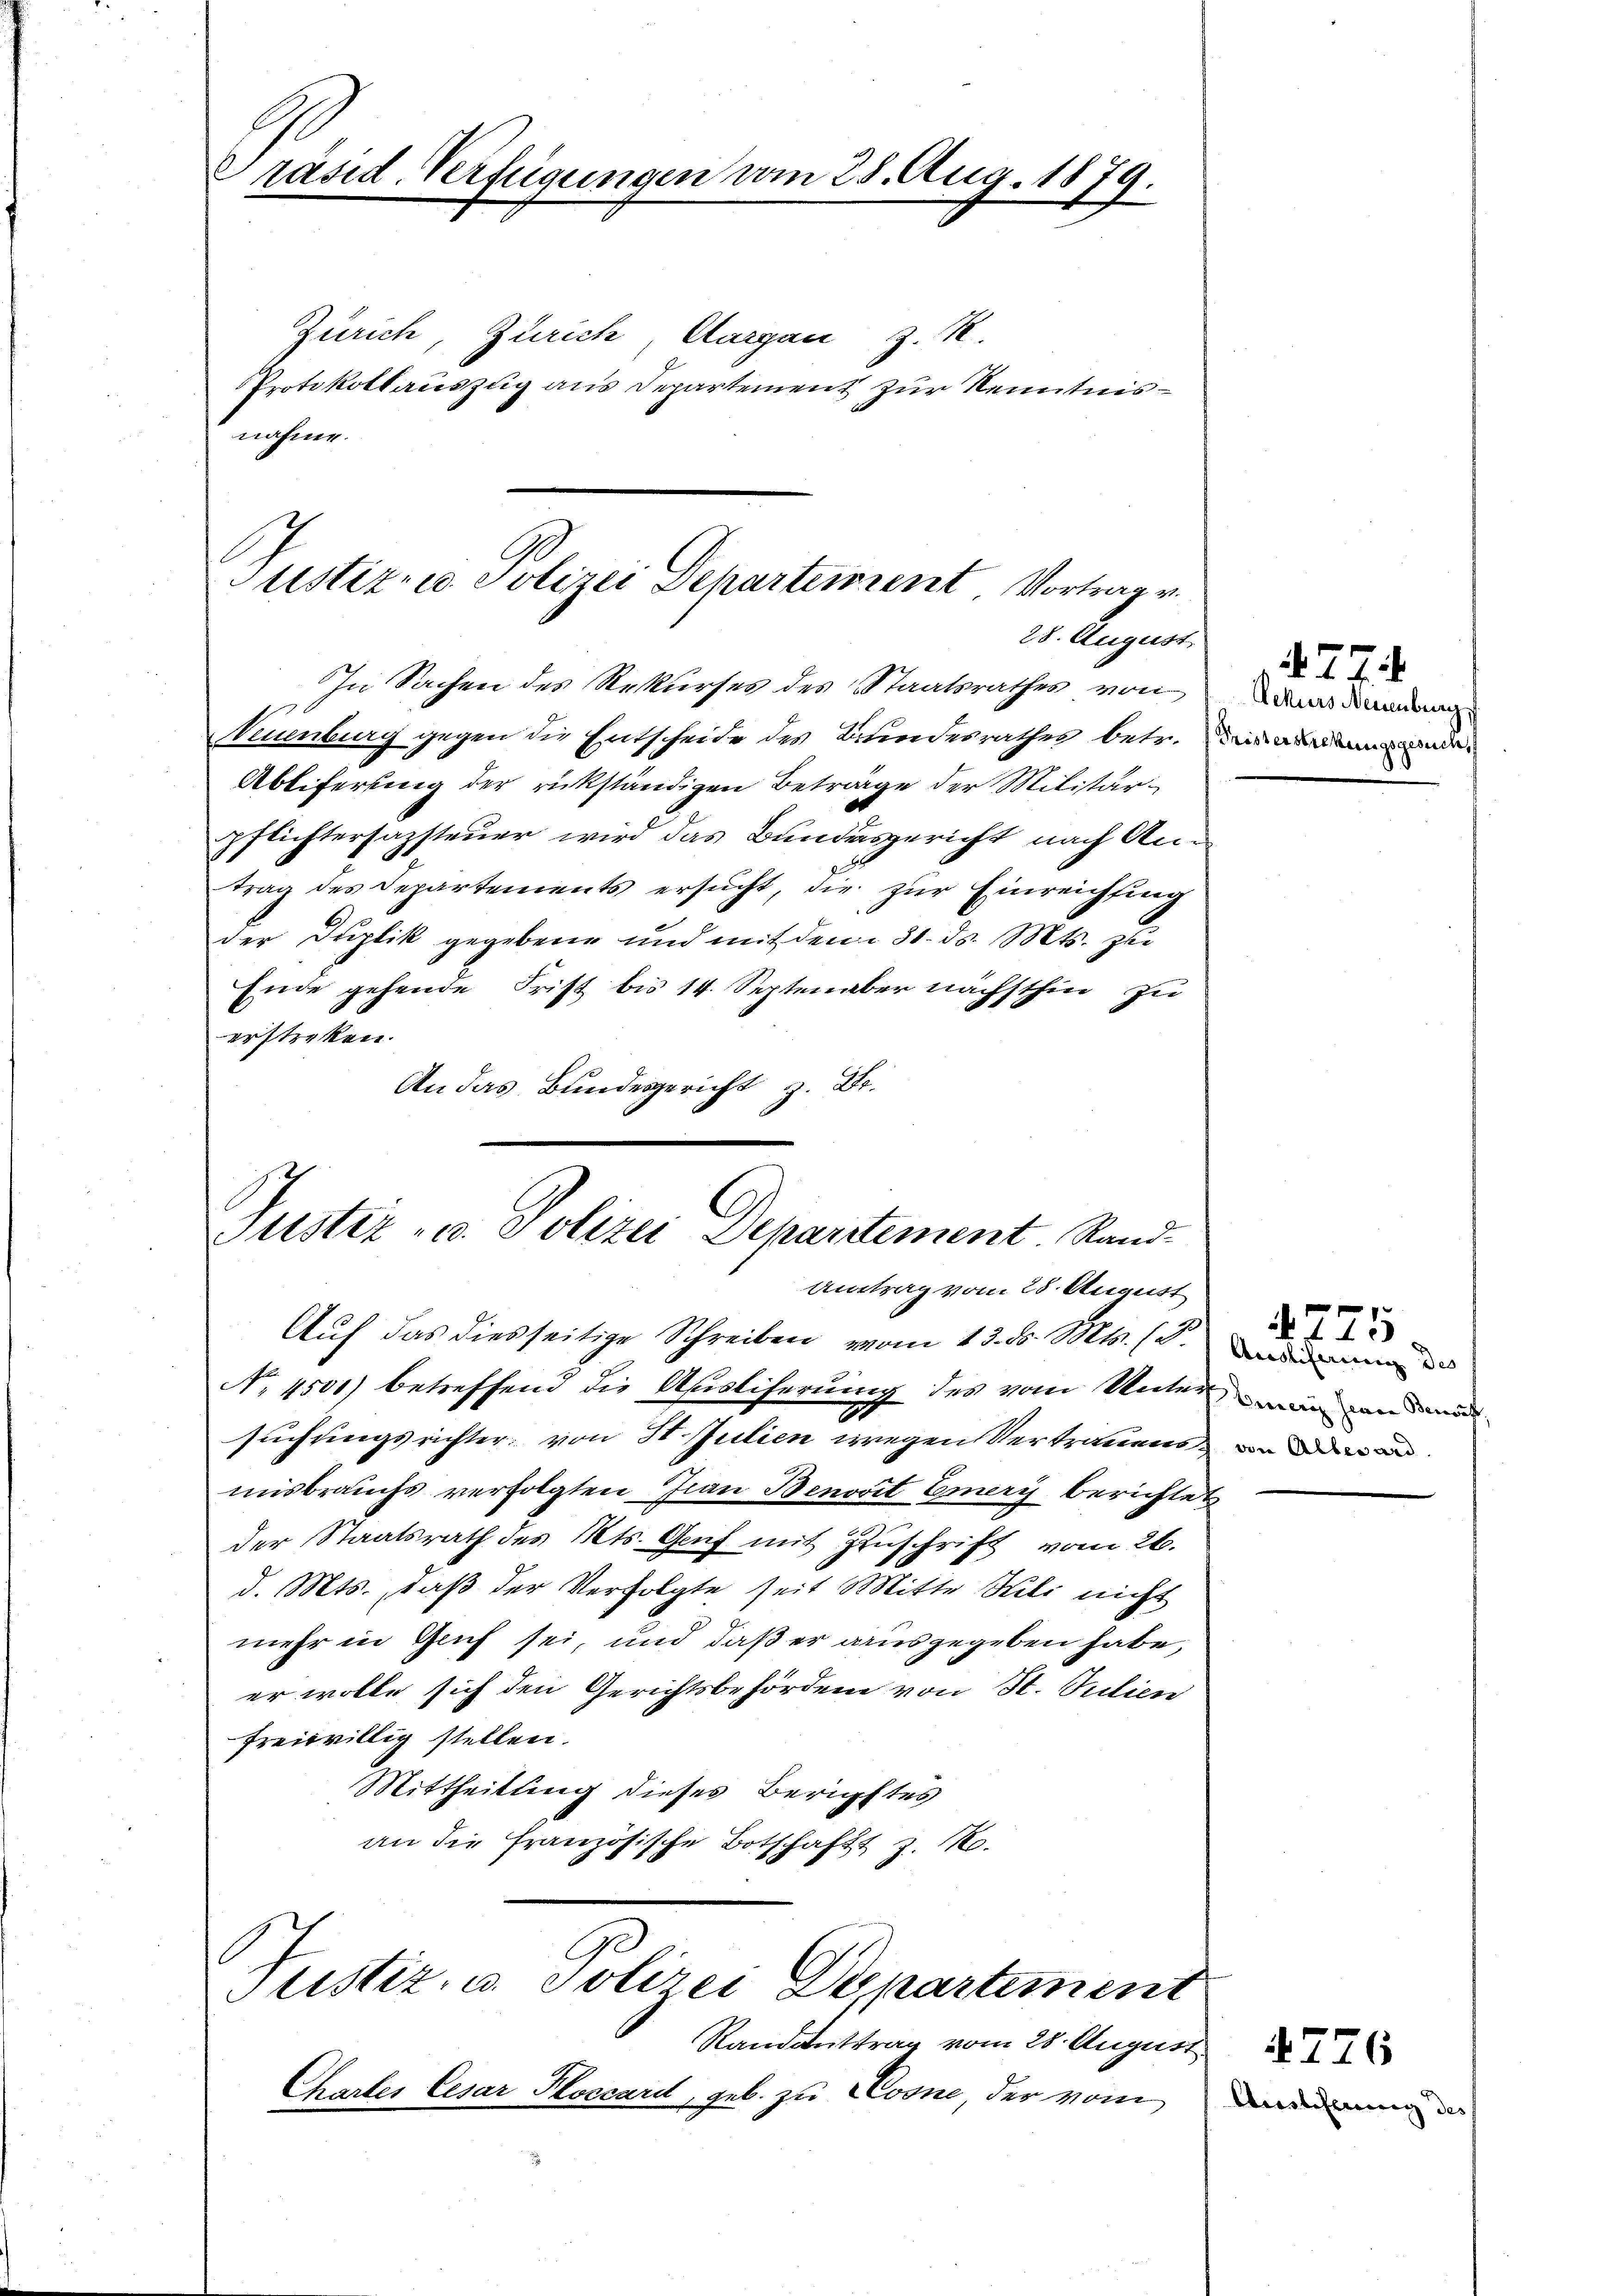
Präsid. Verfügungen vom 25. Aug. 1879.
l

Zürich, Zürich Aargau z. B.
Protokollauszug aus Departement zur Kenntnisnahme.

Justiz- u Polizei Departement Vortrag v.
28. August.

Puster u. Polizei Departement. Sand¬
Antrag vom 28. August

In Sachen des Rekurses des Staatsrathes von
Neuenburg gegen die Entscheide des Bundesrathes betr. die anden und
Abliferung der rückständigen Betrage der Militärpflichtersazsteuer wird das Bundesgericht nach Antrag des Departements ersŭcht, die zur Einreichfing
der Duplik gegebene und mit dem 31. ds. Mts. zur
Ende gehende Frist bis 14. Septen aber nächsthin zu
erstreken.
An das Bundesgericht z. Dr.

Auf das diesseitige Schreiben vom 13. ds. Mts. (T.
No. 4500) betreffend die Ausliferung des vom Unter und n
.
suchungsrichter von St. Julien wegen Vertrauens in de
msbrauchs verfolgten an Benovit Emery berichtet
der Staatsrath des Kts. Genf mit Zuschrift vom 26.
d. Mts., daß der Verfolgte seit Mitte Sili nicht
mehr in Genf sei, und daß er ausgegeben habe,
er wolle sich den Gerichtsbehörden von St. Silien
freiwillig stellen.
Mittheilung dieses Berichtes
an die französische Botschaft z. No.
Justiz- u. Polizei Departement
Randanttrag vom 28. August
Charter Cesar Ploccard, geb. zu Losne, der vom

477.
Achurs Neuenburg,

775
Ausliferinn des

4776
Ausstiferung des